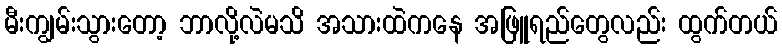
မီးကျွမ်းသွားတော့ ဘာလို့လဲမသိ အသားထဲကနေ အဖြူရည်တွေလည်း ထွက်တယ်